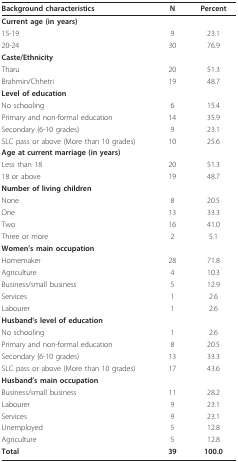
| Background characteristics | N | Percent |
 | --- | --- | --- |
 | Current age (in years) |  |  |
 | 15-19 | 9 | 23.1 |
 | 20-24 | 30 | 76.9 |
 | Caste/Ethnicity |  |  |
 | Tharu | 20 | 51.3 |
 | Brahmin/Chhetri | 19 | 48.7 |
 | Level of education |  |  |
 | No schooling | 6 | 15.4 |
 | Primary and non-formal education | 14 | 35.9 |
 | Secondary (6-10 grades) | 9 | 23.1 |
 | SLC pass or above (More than 10 grades) | 10 | 25.6 |
 | Age at current marriage (in years) |  |  |
 | Less than 18 | 20 | 51.3 |
 | 18 or above | 19 | 48.7 |
 | Number of living children |  |  |
 | None | 8 | 20.5 |
 | One | 13 | 33.3 |
 | Two | 16 | 41.0 |
 | Three or more | 2 | 5.1 |
 | Women's main occupation |  |  |
 | Homemaker | 28 | 71.8 |
 | Agriculture | 4 | 10.3 |
 | Business/small business | 5 | 12.9 |
 | Services | 1 | 2.6 |
 | Labourer | 1 | 2.6 |
 | Husband's level of education |  |  |
 | No schooling | 1 | 2.6 |
 | Primary and non-formal education | 8 | 20.5 |
 | Secondary (6-10 grades) | 13 | 33.3 |
 | SLC pass or above (More than 10 grades) | 17 | 43.6 |
 | Husband's main occupation |  |  |
 | Business/small business | 11 | 28.2 |
 | Labourer | 9 | 23.1 |
 | Services | 9 | 23.1 |
 | Unemployed | 5 | 12.8 |
 | Agriculture | 5 | 12.8 |
 | Total | 39 | 100.0 |